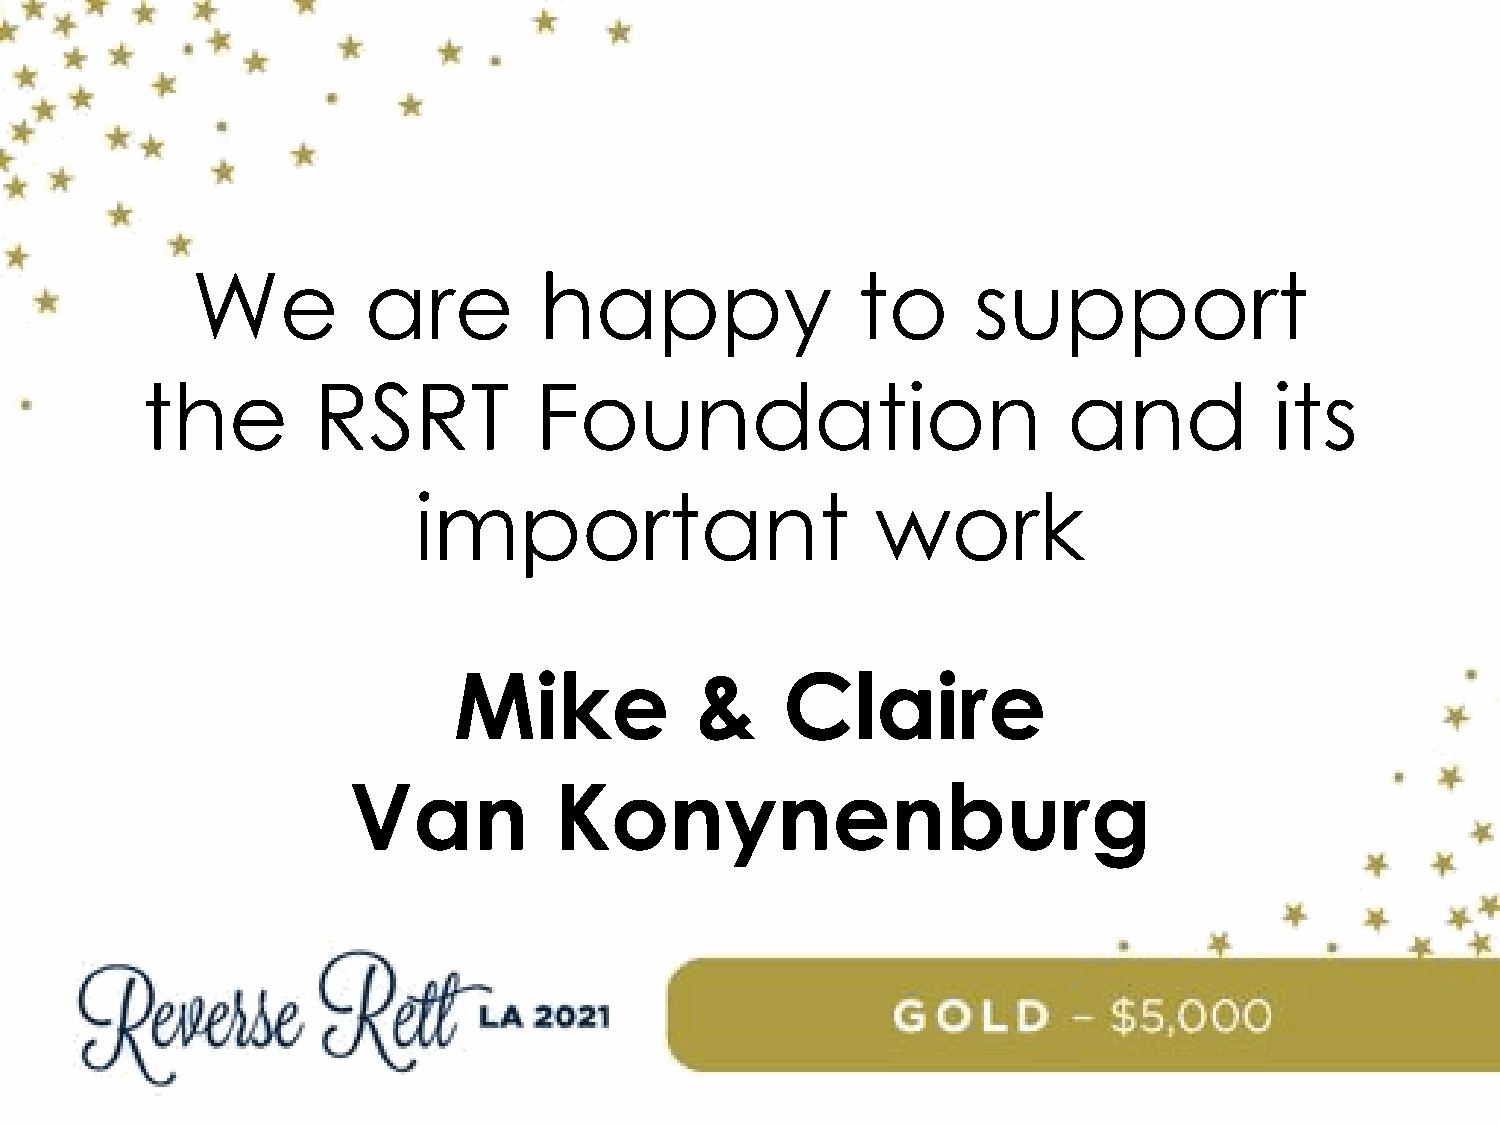
We         are         happy                to     support
 the         RSRT          Foundation                          and          its
 important                      work
 Mike            &     Claire
 Van           Konynenburg